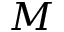
M